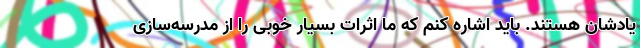
یادشان هستند. باید اشاره کنم که ما اثرات بسیار خوبی را از مدرسه‌سازی